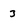
Character: 3